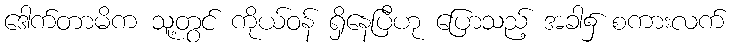
ဒေါက်တာမိက သူ့တွင် ကိုယ်ဝန် ရှိနေပြီဟု ပြောသည့် အခါ၌ စကားလက်